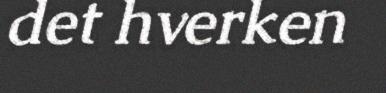
det hverken